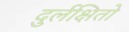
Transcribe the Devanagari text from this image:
दुर्लक्षितो